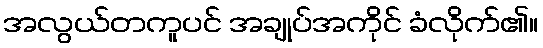
အလွယ်တကူပင် အချုပ်အကိုင် ခံလိုက်၏။